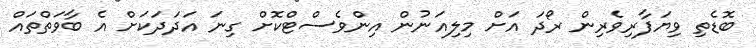
ބޮޑެތި ވިޔަފާރިވެރިން ރޯދަ އަށް މިލިއަނުން އިންވެސްޓްކޮށް ގިނަ އަދަދަކަށް އެ ބާވަތްތައް